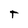
Character: t